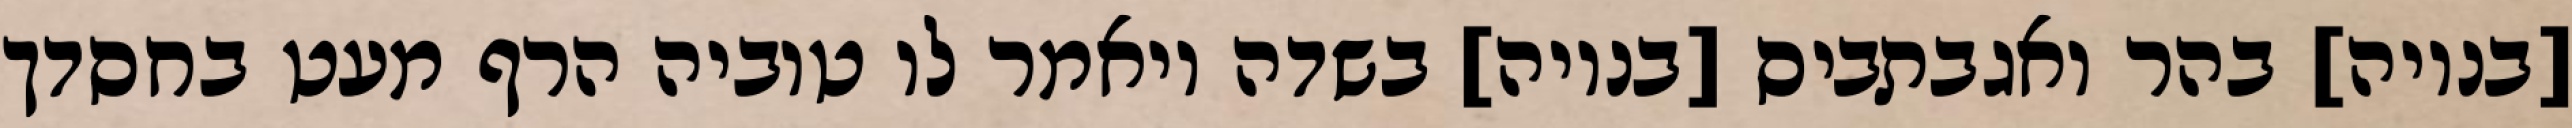
[בנויה] בהר ואגבתביס [בנויה] בשדה ויאמר לו טוביה הרף מעט בחסדך